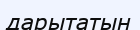
дарытатын